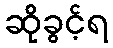
ဆိုခွင့်ရ